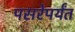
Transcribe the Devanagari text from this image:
पसरेपर्यंत